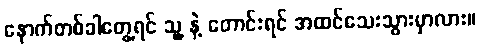
နောက်တစ်ခါတွေ့ရင် သူ့ နဲ့ တောင်းရင် အထင်သေးသွားမှာလား။